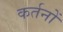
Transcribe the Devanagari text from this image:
कर्तनों